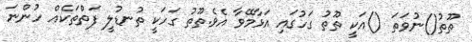
ތޫތު()ނުވަތަ ()އަކީ ތޫތު ގަހުގައި އަޅާމޭވާ އެވެ.ތޫތު ގަހަކީ ތުނޑުލީ ފަތްތަކެއް ހުންނަ